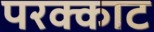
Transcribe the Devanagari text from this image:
परक्काट